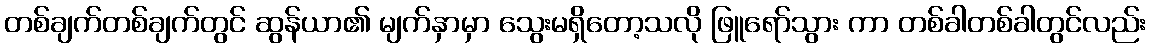
တစ်ချက်တစ်ချက်တွင် ဆွန်ယာ၏ မျက်နှာမှာ သွေးမရှိတော့သလို ဖြူရော်သွား ကာ တစ်ခါတစ်ခါတွင်လည်း